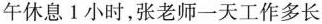
午休息1小时，张老师一天工作多长